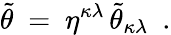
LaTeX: \tilde{\theta}~=~\eta^{\kappa\lambda}\, \tilde{\theta}_{\kappa\lambda}~~.